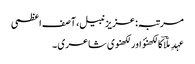
مرتبہ: عزیز نبیل، آصف اعظمی
عہدِ ملّاؔ کا لکھنؤ اور لکھنوی شاعری ۔